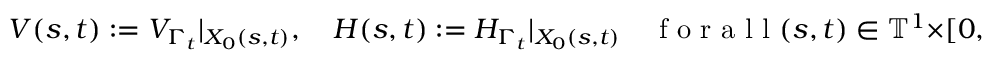
V ( s , t ) : = V _ { \Gamma _ { t } } | _ { X _ { 0 } ( s , t ) } , \quad H ( s , t ) : = H _ { \Gamma _ { t } } | _ { X _ { 0 } ( s , t ) } \quad \mathrm { ~ f ~ o ~ r ~ a ~ l ~ l ~ } ( s , t ) \in \ensuremath { \mathbb { T } } ^ { 1 } \times [ 0 , T _ { 0 } ] .